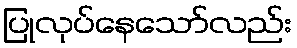
ပြုလုပ်နေသော်လည်း